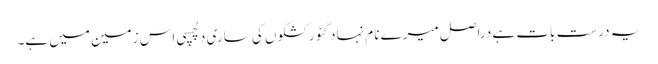
یہ درست بات ہے دراصل میرے نام نہاد گئو رکشکوں کی ساری دلچسپی اس زمین میں ہے۔